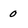
Character: 0